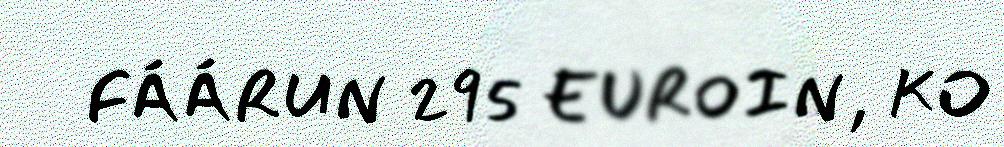
FÁÁRUN 295 EUROIN, KO